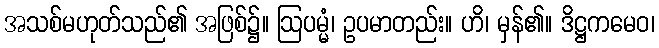
အသစ်မဟုတ်သည်၏ အဖြစ်၌။ ဩပမ္မံ၊ ဥပမာတည်း။ ဟိ၊ မှန်၏။ ဒိဋ္ဌကမေဝ၊